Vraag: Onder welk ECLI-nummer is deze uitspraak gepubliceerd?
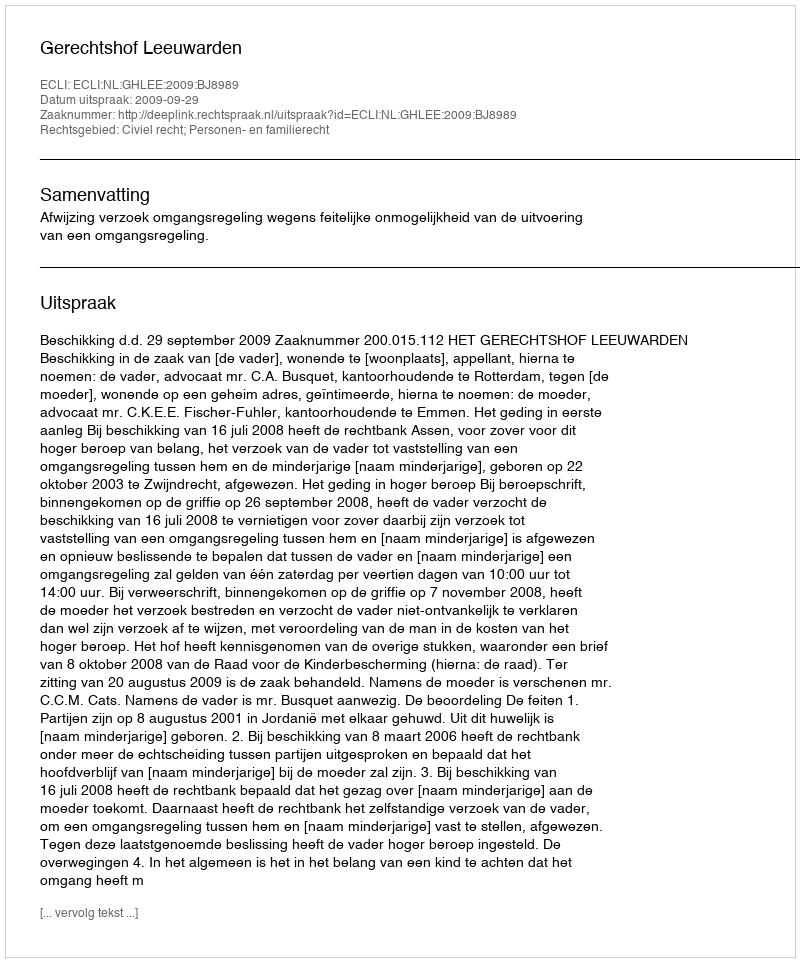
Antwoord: ECLI:NL:GHLEE:2009:BJ8989